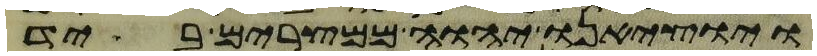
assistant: ויוציאנו יהוה ממצרים ביד